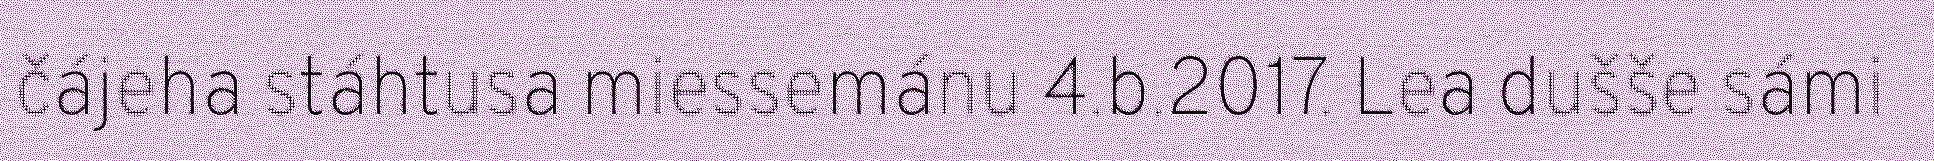
čájeha stáhtusa miessemánu 4.b.2017. Lea dušše sámi